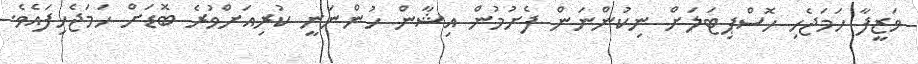
ވަޒީފާ ހަމަޖެހި ހޮސްޕިޓަލަށް ނިކުންނަން ފެށުމުން އިޝާން ހުންނަނީ ކުރިއަށްވުރެ ބޮޑަށް ހަމަޖެހިފައެވެ.